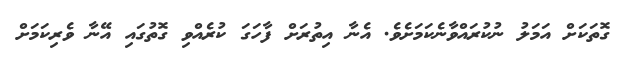
ގޮތަކަށް އަމަލު ނުކުރައްވާނެކަމަށެވެ. އެނާ އިތުރަށް ފާހަގަ ކުރެއްވި ގޮތުގައި އޭނާ ވެރިކަމަށް